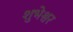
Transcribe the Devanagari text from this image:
शुभेश्वर